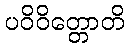
ပဝိဝိတ္တောတိ